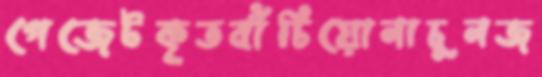
গেজেটকৃতবাঁচিয়োনাচুনজ